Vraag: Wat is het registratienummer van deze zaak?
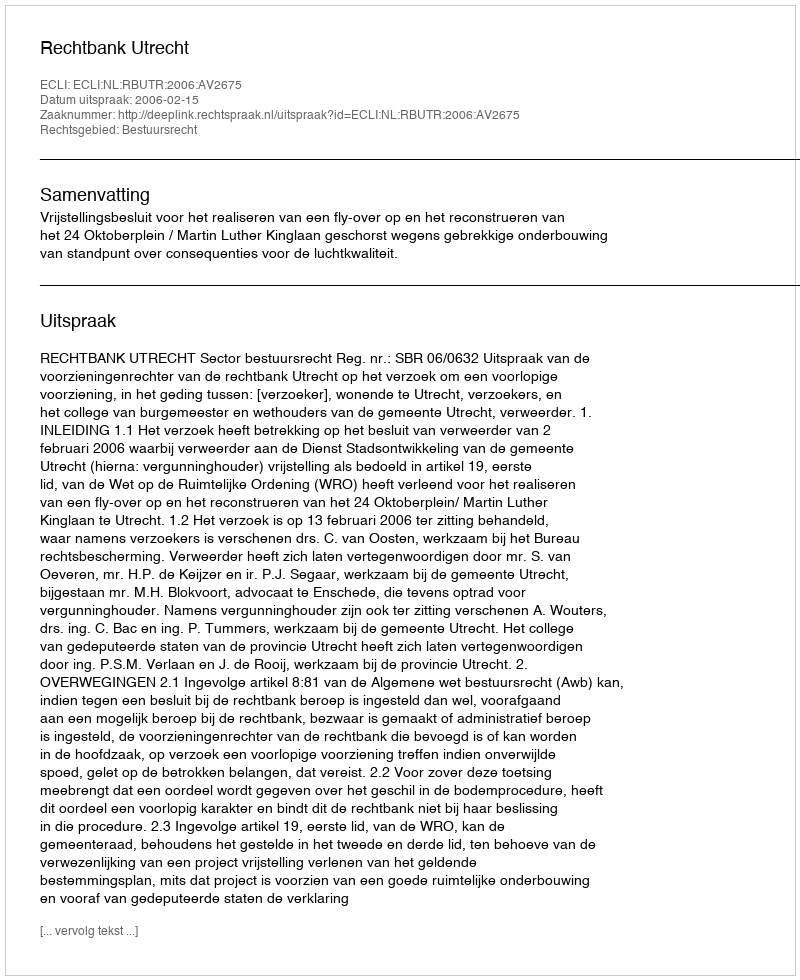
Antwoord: http://deeplink.rechtspraak.nl/uitspraak?id=ECLI:NL:RBUTR:2006:AV2675